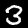
Digit: 3